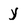
Character: y